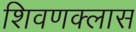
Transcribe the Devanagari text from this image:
शिवणक्लास